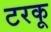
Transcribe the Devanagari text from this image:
टरकू